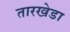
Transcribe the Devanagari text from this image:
तारखेडा